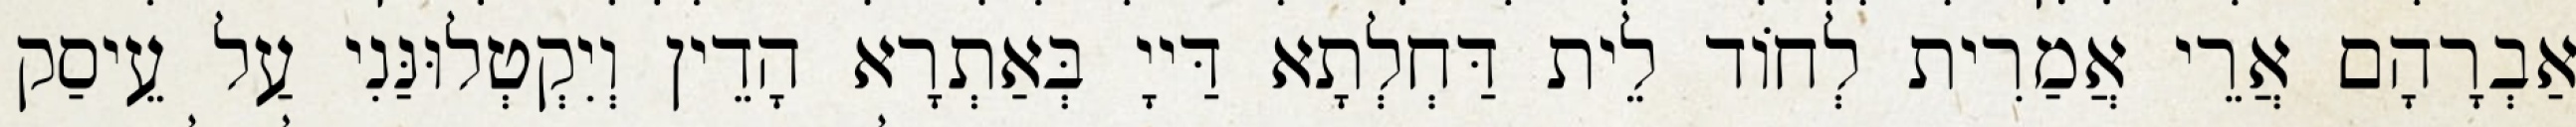
אַבְרָהָם אֲרֵי אֲמַרִית לְחוֹד לֵית דַּחְלְתָא דַּייָ בְּאַתְרָא הָדֵין וְיִקְטְלוּנַּנִי עַל עֵיסַק